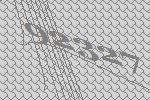
92327